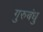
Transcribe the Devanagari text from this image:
गुरुबंधु